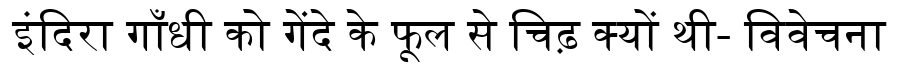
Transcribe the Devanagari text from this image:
इंदिरा गाँधी को गेंदे के फूल से चिढ़ क्यों थी- विवेचना